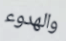
والهدوء